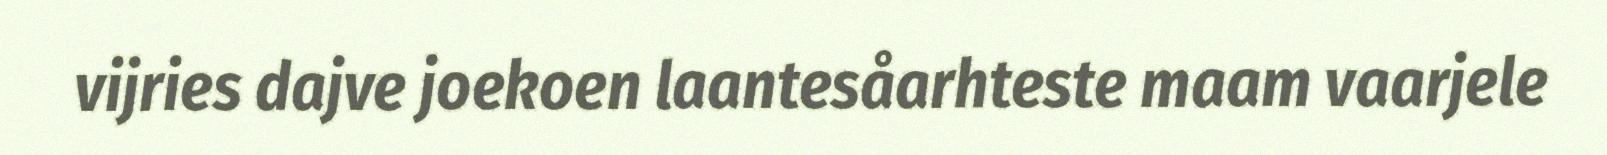
vijries dajve joekoen laantesåarhteste maam vaarjele